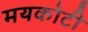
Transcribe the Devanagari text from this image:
मयकोटी